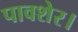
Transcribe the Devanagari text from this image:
पावशेर।